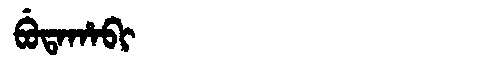
Manchu: ᠪᡠᡨᠠᡥᠠᠪᡳ
Romanization: BUTAHABI